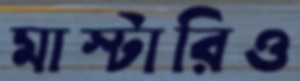
মাস্টারিও